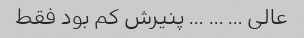
عالی … … … پنیرش کم بود فقط